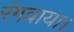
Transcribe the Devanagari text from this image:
रंगवाया।